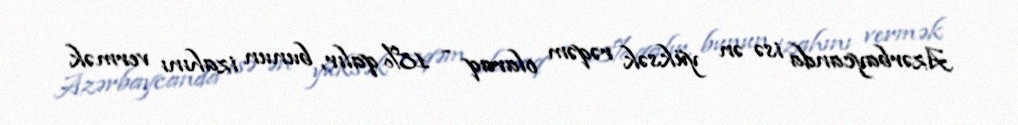
Azərbaycanda isə ən yüksək rəqəm olaraq - 18% qalır, bunun izahını vermək